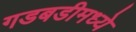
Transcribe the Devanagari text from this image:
गडबडीमध्ये